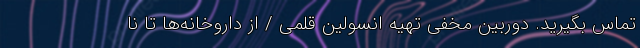
تماس بگیرید. دوربین مخفی تهیه انسولین قلمی / از داروخانه‌ها تا نا